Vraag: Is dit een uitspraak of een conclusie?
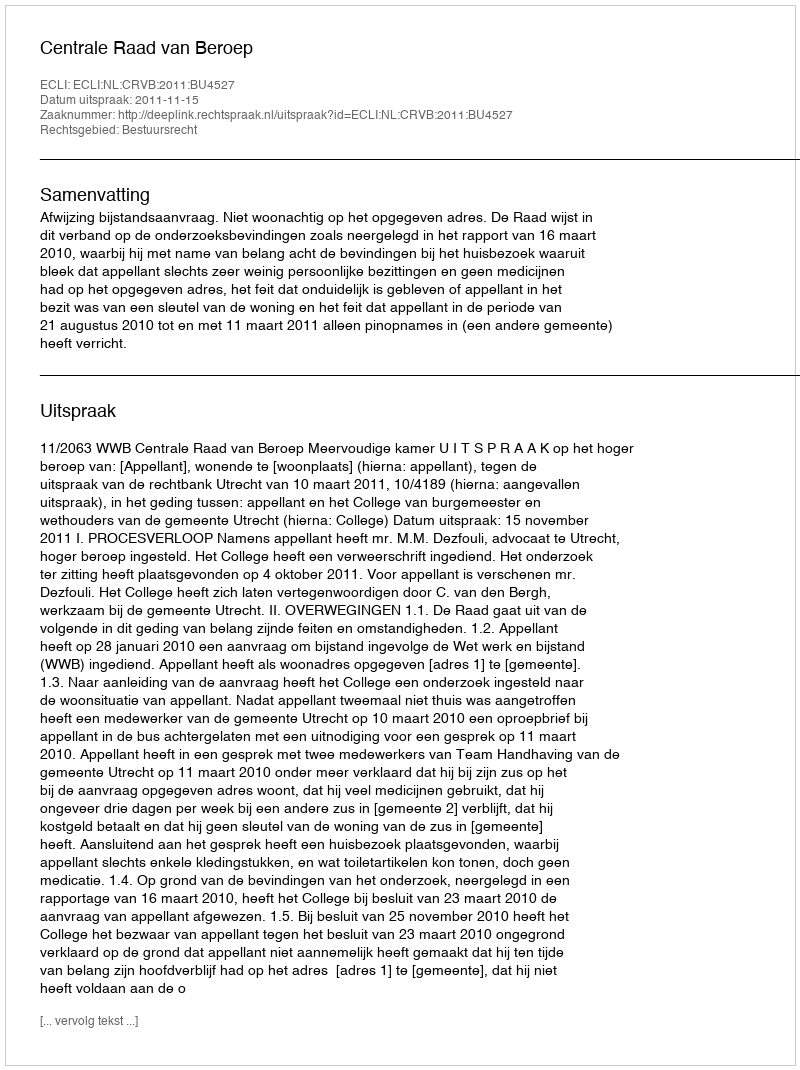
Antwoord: Uitspraak